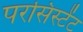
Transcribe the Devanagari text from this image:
परसिस्टेंट